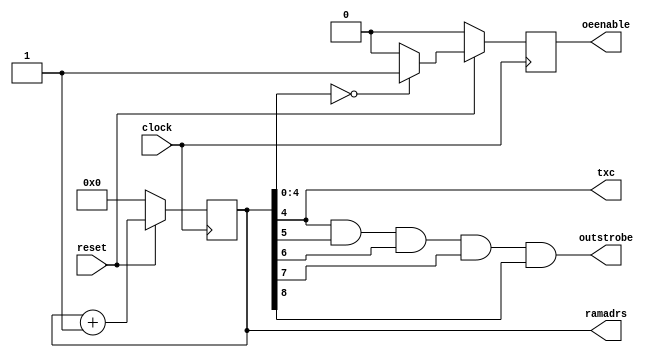
// Copyright 1991-2015 Mentor Graphics Corporation

// All Rights Reserved.

// THIS WORK CONTAINS TRADE SECRET AND PROPRIETARY INFORMATION
// WHICH IS THE PROPERTY OF MENTOR GRAPHICS CORPORATION
// OR ITS LICENSORS AND IS SUBJECT TO LICENSE TERMS.

//
// Description : This block produces the address generation
//               and strobe generation for input and output
//               data.

`timescale 1ns / 1ps

module control (clock, reset, ramadrs, oeenable, outstrobe, txc);
    // Defines parameter value at this level
    parameter counter_size = 4;

    // Define blocks I/O's
    input  clock;
    input  reset;
    output [(counter_size * 2):0] ramadrs;
    output oeenable, txc;
    output outstrobe;

    // Define wires for connecting wires.
    wire  clock;
    wire  reset, txc;

    // Define Register types for storage
    reg [(counter_size * 2):0] ramadrs;
    reg oeenable;
    reg outstrobe;
    reg x;

    // This block creates an N-bit counter
    always @ (posedge clock)
    begin : Incrementer
        if (reset == 1'b0) begin
            ramadrs <= 0;
        end else begin
            ramadrs <= ramadrs + 1'b1;
        end
    end

    // This block generates the oeenable strobe used by the data store
    always @ (posedge clock)
    begin : Enable_gen
        if (reset == 1'b0) begin
            oeenable <= 1'b0;
        end else if (ramadrs[counter_size:0] == 0) begin
            oeenable <= 1'b1;
        end else begin
            oeenable <= 1'b0;
        end
    end

    //
    // This block implements the outstrobe
    // signal that is used to show when data output by the
    // device is valid
    //
    always @(ramadrs)
    begin: OutStrobe_gen
        integer i;
        x = 1'b1;
        for (i = counter_size; i < (counter_size * 2) + 1; i = i + 1) begin
            x = x && ramadrs[i];
        end
        outstrobe <= x;
    end

    // Assignment of the transmit clock
    assign txc = ramadrs[counter_size];

endmodule